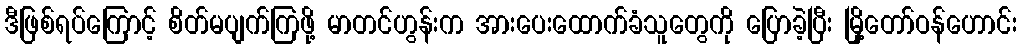
ဒီဖြစ်ရပ်ကြောင့် စိတ်မပျက်ကြဖို့ မာတင်ဟွန်းက အားပေးထောက်ခံသူတွေကို ပြောခဲ့ပြီး မြို့တော်ဝန်ဟောင်း